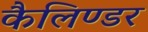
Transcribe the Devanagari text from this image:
कैलिण्डर